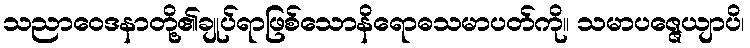
သညာဝေဒနာတို့၏ချုပ်ရာဖြစ်သောနိရောဓသမာပတ်ကို။ သမာပဇ္ဇေယျာပိ၊